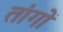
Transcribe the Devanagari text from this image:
तांगों